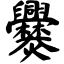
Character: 爨